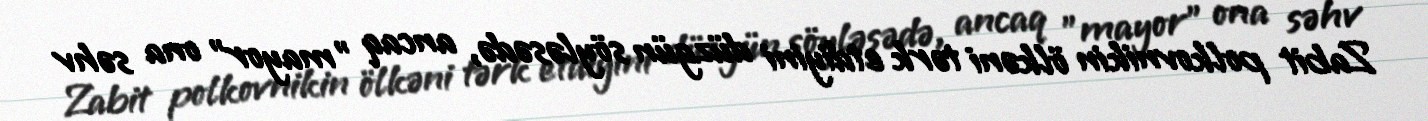
Zabit polkovnikin ölkəni tərk etdiyini düzgün söyləsədə, ancaq "mayor" ona səhv